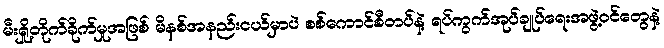
မီးရှို့တိုက်ခိုက်မှုအဖြစ် မိနစ်အနည်းငယ်မှာပဲ စစ်ကောင်စီတပ်နဲ့ ရပ်ကွက်အုပ်ချုပ်ရေးအဖွဲ့ဝင်တွေနဲ့